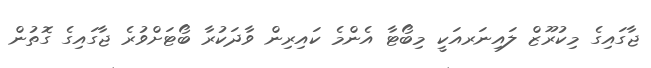
ޖާގައިގެ މިކުރޫޒް ލައިނަރއަކީ މިބޯޓާ އެންމެ ކައިރިން ވާދަކުރާ ބޯޓަށްވުރެ ޖާގައިގެ ގޮތުން